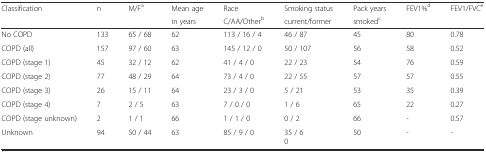
| Classification | n | M/Fa | Mean age | Race | Smoking status | Pack years | FEV1%d | FEV1/FVCe |
 |  |  |  | in years | C/AA/Otherb | current/former | smokedc |  |  |
 | --- | --- | --- | --- | --- | --- | --- | --- | --- |
 | No COPD | 133 | 65 / 68 | 62 | 113 / 16 / 4 | 46 / 87 | 45 | 80 | 0.78 |
 | COPD (all) | 157 | 97 / 60 | 63 | 145 / 12 / 0 | 50 / 107 | 56 | 58 | 0.52 |
 | COPD (stage 1) | 45 | 32 / 12 | 62 | 41 / 4 / 0 | 22 / 23 | 54 | 76 | 0.59 |
 | COPD (stage 2) | 77 | 48 / 29 | 64 | 73 / 4 / 0 | 22 / 55 | 57 | 57 | 0.55 |
 | COPD (stage 3) | 26 | 15 / 11 | 64 | 23 / 3 / 0 | 5 / 21 | 53 | 35 | 0.39 |
 | COPD (stage 4) | 7 | 2 / 5 | 63 | 7 / 0 / 0 | 1 / 6 | 65 | 22 | 0.27 |
 | COPD (stage unknown) | 2 | 1 / 1 | 66 | 1 / 1 / 0 | 0 / 2 | 66 | - | 0.57 |
 | Unknown | 94 | 50 / 44 | 63 | 85 / 9 / 0 | 35 / 6 0 | 50 | - | - |